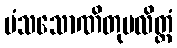
မံသသောဏိတုပလိတ္တံ